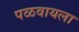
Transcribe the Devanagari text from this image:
पळवायला